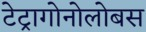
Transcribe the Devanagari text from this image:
टेट्रागोनोलोबस